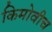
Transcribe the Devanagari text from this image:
किमोवीच